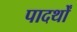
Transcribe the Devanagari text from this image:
पादर्थों